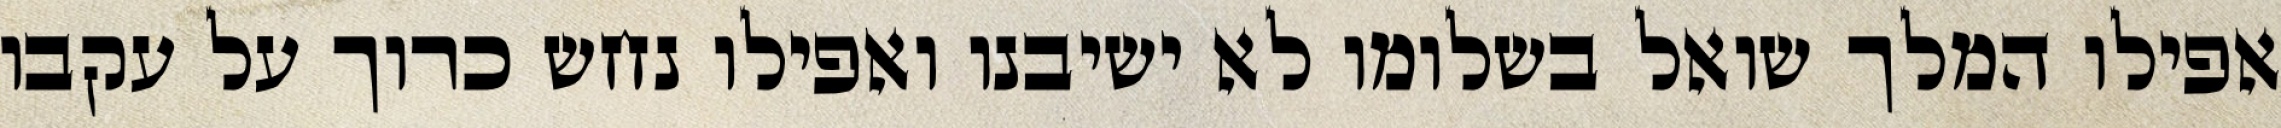
אפילו המלך שואל בשלומו לא ישיבנו ואפילו נחש כרוך על עקבו